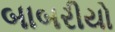
બાબરીયો